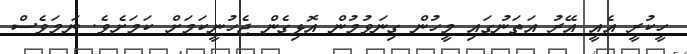
ހީކުރީ އެއީ އޭރު އަތަނުގައި މީހުން ގިނަވުމުން އޮޅިގެން ޖެހުނީކަމަށް ކަމަށެވެ. ނަމަވެސް